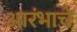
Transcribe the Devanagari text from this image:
आरंभाचे